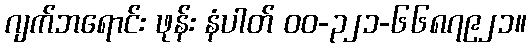
ဂျက်ဘရောင်း ဖုန်း နံပါတ် ဝဝ-၃၂၁-၆၆၈၇၉၂၁။